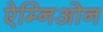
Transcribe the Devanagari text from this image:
ऐम्निओन